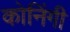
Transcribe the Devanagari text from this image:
कोनिंगी